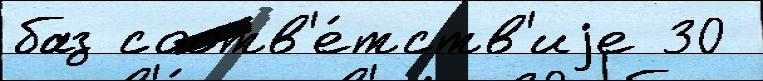
баз соотв'е́тств'иjе 30